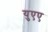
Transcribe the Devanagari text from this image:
युएए